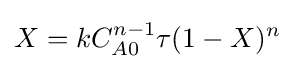
X=kC_{A0}^{n-1}\tau (1-X)^{n}